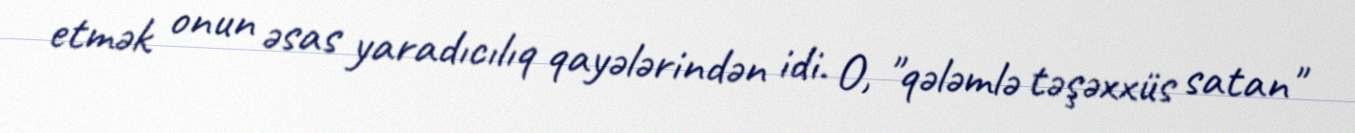
etmək onun əsas yaradıcılıq qayələrindən idi. O, "qələmlə təşəxxüs satan"